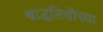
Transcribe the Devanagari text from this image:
श्राद्धतिथीच्या